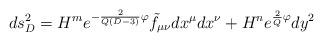
LaTeX: \begin{align*}ds^2_D =H^m e^{-\frac{2}{Q(D-3)}\varphi} \tilde{f}_{\mu\nu}dx^{\mu}dx^{\nu} +H^n e^{\frac{2}{Q} \varphi} dy^2\end{align*}